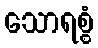
သောရစ္စံ